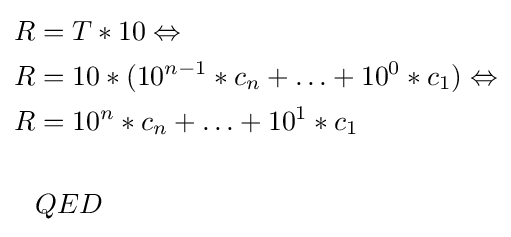
{\begin{aligned}R&=T*10\Leftrightarrow \\R&=10*(10^{n-1}*c_{n}+\ldots +10^{0}*c_{1})\Leftrightarrow \\R&=10^{n}*c_{n}+\ldots +10^{1}*c_{1}\\\\&QED\end{aligned}}